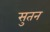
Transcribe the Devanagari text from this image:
सुतन